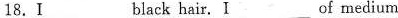
18.I___black hair. I___of medium